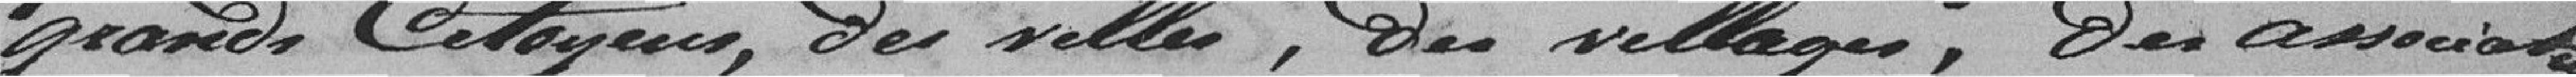
grand, Citoyens, Des ville , Des villages, Der association